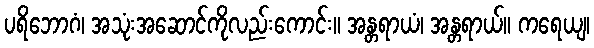
ပရိဘောဂံ၊ အသုံးအဆောင်ကိုလည်းကောင်း။ အန္တရာယံ၊ အန္တရာယ်။ ကရေယျ၊